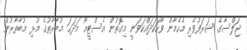
ޖަލްސާގެ ޝަރަފުވެރި މެހެމާން ވާހަކަދައްކަވަނީ މިގޮތުން އެސްޓީއޯ މަދަޙަ މުބާރާތުގެ މުޅި މުބާތާރުން